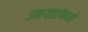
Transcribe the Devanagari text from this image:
उभयतांमध्ये